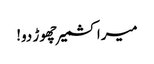
میرا کشمیر چھوڑ دو!